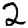
Digit: 2